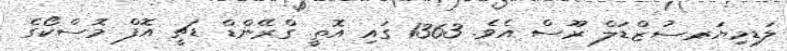
ލަޑިމިޔަރ-ސުޒްޑަލް ރޫސް އެވެ. 1363 ގައި އޮތީ ގްރޭންޑް ޑަޗީ އޮފް މޮސްކޯގެ